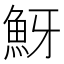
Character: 𩶀